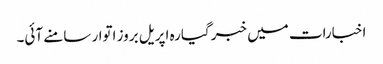
اخبارات میں خبر گیارہ اپریل بروز اتوار سامنے آئی۔